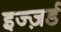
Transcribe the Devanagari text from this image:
इज्ज़र्ड